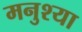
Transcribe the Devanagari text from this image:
मनुश्या